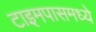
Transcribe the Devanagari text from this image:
टाइमपासमध्ये